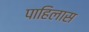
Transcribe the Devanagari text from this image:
पाहिलास